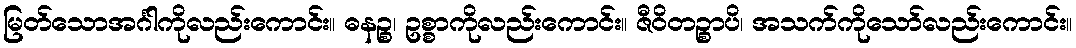
မြတ်သောအင်္ဂါကိုလည်းကောင်း။ ဓနဉ္စ၊ ဥစ္စာကိုလည်းကောင်း။ ဇီဝိတဉ္စာပိ၊ အသက်ကိုသော်လည်းကောင်း။